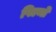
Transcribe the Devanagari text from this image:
पिल्मों